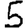
Digit: 5